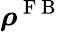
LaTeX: \boldsymbol{\rho}^{\mathrm{~F~B~}}